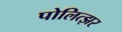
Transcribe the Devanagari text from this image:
पोलित्झर